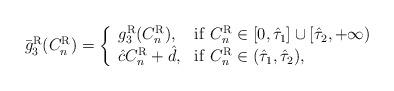
LaTeX: \begin{align*}\bar g^{\rm R}_3(C_n^{\rm R}) =\left\{\begin{array}{ll}g_3^{\rm R}(C_n^{\rm R}), &{\rm if}~ C_n^{\rm R} \in [0,\hat\tau_1] \cup [\hat\tau_2,+\infty) \\\hat c C_n^{\rm R}+ \hat d, & {\rm if}~C_n^{\rm R} \in (\hat\tau_1,\hat\tau_2),\end{array}\right.\end{align*}